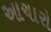
આચારો